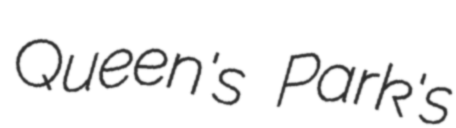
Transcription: Queen's Park's